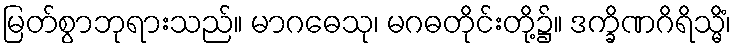
မြတ်စွာဘုရားသည်။ မာဂဓေသု၊ မဂဓတိုင်းတို့၌။ ဒက္ခိဏဂိရိသ္မိံ၊